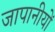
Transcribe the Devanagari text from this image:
जापानीयों